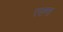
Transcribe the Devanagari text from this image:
रसणा